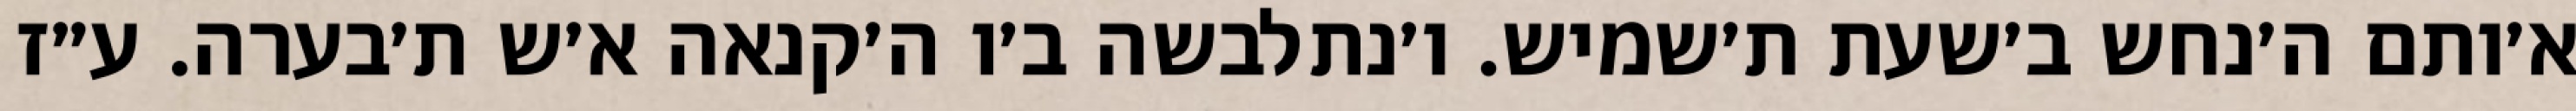
א׳ותם ה׳נחש ב׳שעת ת׳שמיש. ו׳נתלבשה ב׳ו ה׳קנאה א׳ש ת׳בערה. ע״ז